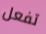
تفعل